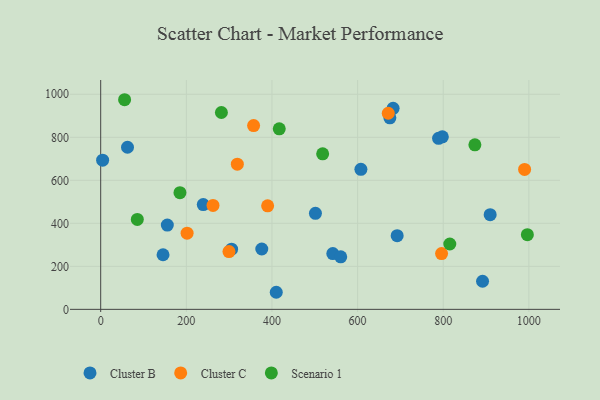
{"axis": {"x": "Ad Spend", "y": "Sales"}, "legend": ["Cluster B", "Cluster C", "Scenario 1"], "data": [{"x": "501.5", "y": 446.4, "type": "Cluster B"}, {"x": "62.6", "y": 753.7, "type": "Cluster B"}, {"x": "542.1", "y": 259.4, "type": "Cluster B"}, {"x": "891.8", "y": 130.7, "type": "Cluster B"}, {"x": "797.9", "y": 802.0, "type": "Cluster B"}, {"x": "789.1", "y": 795.2, "type": "Cluster B"}, {"x": "4.5", "y": 693.8, "type": "Cluster B"}, {"x": "909.6", "y": 440.1, "type": "Cluster B"}, {"x": "692.4", "y": 342.5, "type": "Cluster B"}, {"x": "155.6", "y": 391.7, "type": "Cluster B"}, {"x": "560.6", "y": 244.4, "type": "Cluster B"}, {"x": "145.6", "y": 253.9, "type": "Cluster B"}, {"x": "607.7", "y": 651.3, "type": "Cluster B"}, {"x": "675.4", "y": 890.5, "type": "Cluster B"}, {"x": "376.2", "y": 280.5, "type": "Cluster B"}, {"x": "410.0", "y": 79.4, "type": "Cluster B"}, {"x": "305.7", "y": 279.8, "type": "Cluster B"}, {"x": "239.5", "y": 487.0, "type": "Cluster B"}, {"x": "682.9", "y": 934.7, "type": "Cluster B"}, {"x": "389.9", "y": 481.5, "type": "Cluster C"}, {"x": "262.3", "y": 483.4, "type": "Cluster C"}, {"x": "671.6", "y": 911.9, "type": "Cluster C"}, {"x": "201.8", "y": 354.4, "type": "Cluster C"}, {"x": "796.1", "y": 259.3, "type": "Cluster C"}, {"x": "299.6", "y": 268.8, "type": "Cluster C"}, {"x": "357.1", "y": 854.6, "type": "Cluster C"}, {"x": "990.0", "y": 650.5, "type": "Cluster C"}, {"x": "319.1", "y": 675.1, "type": "Cluster C"}, {"x": "85.5", "y": 418.1, "type": "Scenario 1"}, {"x": "281.9", "y": 915.3, "type": "Scenario 1"}, {"x": "55.8", "y": 974.7, "type": "Scenario 1"}, {"x": "518.4", "y": 723.0, "type": "Scenario 1"}, {"x": "185.1", "y": 542.4, "type": "Scenario 1"}, {"x": "815.3", "y": 303.8, "type": "Scenario 1"}, {"x": "417.0", "y": 839.4, "type": "Scenario 1"}, {"x": "873.9", "y": 764.8, "type": "Scenario 1"}, {"x": "996.5", "y": 347.0, "type": "Scenario 1"}]}